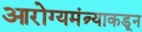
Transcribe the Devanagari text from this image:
आरोग्यमंत्र्याकडून